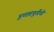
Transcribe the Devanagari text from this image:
इच्छापूर्तीची